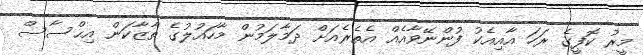
މީރު ކޮފީގެ ރަހަ އާއިއެކު ފުންނޭވާއެއް އެތެރެއަށް ދަމާލަމުން މާހައުލުގެ ތާޒާކަން އިޙްސާސް